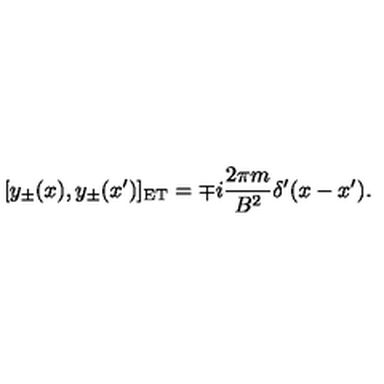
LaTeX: [ y _ { \pm } ( x ) , y _ { \pm } ( x ^ { \prime } ) ] _ { \mathrm { E T } } = \mp i { \frac { 2 \pi m } { B ^ { 2 } } } \delta ^ { \prime } ( x - x ^ { \prime } ) .